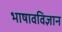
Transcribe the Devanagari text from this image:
भाषावविज्ञान